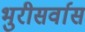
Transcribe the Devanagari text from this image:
भुरीसर्वास